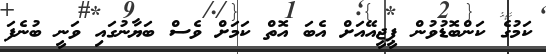
ކަމުގެ ކަންބޮޑުވުން ޕީޖީއޭއަށް އެބަ އޮތް ކަމަށް ވެސް ބަޔާނުގައި ވަނީ ބުނެފަ